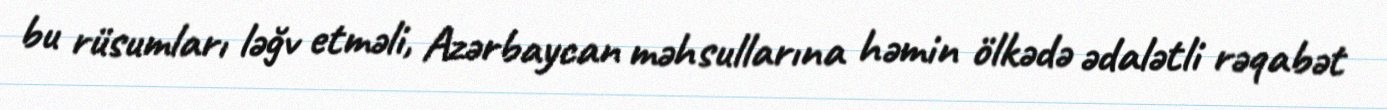
bu rüsumları ləğv etməli, Azərbaycan məhsullarına həmin ölkədə ədalətli rəqabət